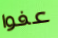
عفوا